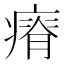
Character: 瘠